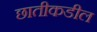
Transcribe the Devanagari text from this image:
छातीकडील